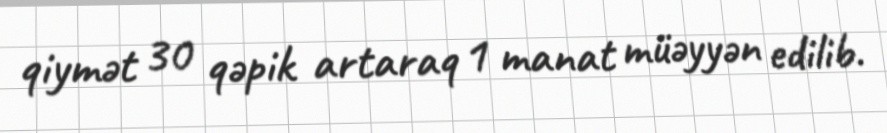
qiymət 30 qəpik artaraq 1 manat müəyyən edilib.